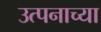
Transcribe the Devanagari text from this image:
उत्पनाच्या